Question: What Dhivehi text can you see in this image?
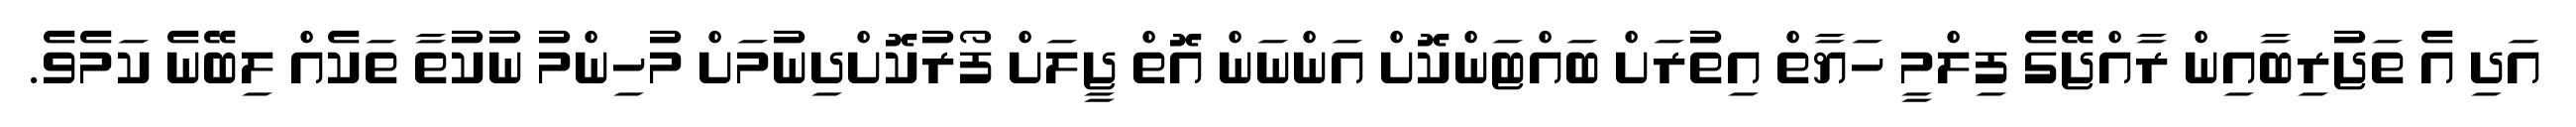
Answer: އަދި އެ ތަޖުރިބާއިން ރާއްޖޭގެ ފިލްމީ ހަޔާތް އިތުރަށް ބައްޓަންކޮށް އަންނަން އޮތް ޖީލަށް ފޯރުކޮށްދިނުމަށް މުހިންމު ނުކުތާ ތަކެއް ލިބޭނެ ކަމެވެ.